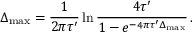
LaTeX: \Delta _ { \operatorname * { m a x } } = { \frac { 1 } { 2 \pi \tau ^ { \prime } } } \ln { \frac { 4 \tau ^ { \prime } } { 1 - e ^ { - 4 \pi \tau ^ { \prime } \Delta _ { \operatorname * { m a x } } } } } \, .